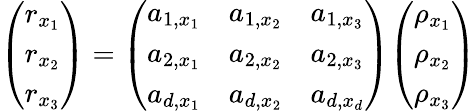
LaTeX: {\left(\begin{array}{l}{r_{x_{1}}}\\ {r_{x_{2}}}\\ {r_{x_{3}}}\end{array}\right)}={\left(\begin{array}{lll}{a_{1,x_{1}}}&{a_{1,x_{2}}}&{a_{1,x_{3}}}\\ {a_{2,x_{1}}}&{a_{2,x_{2}}}&{a_{2,x_{3}}}\\ {a_{d,x_{1}}}&{a_{d,x_{2}}}&{a_{d,x_{d}}}\end{array}\right)}{\left(\begin{array}{l}{\rho_{x_{1}}}\\ {\rho_{x_{2}}}\\ {\rho_{x_{3}}}\end{array}\right)}